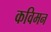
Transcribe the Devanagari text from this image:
कविमन